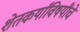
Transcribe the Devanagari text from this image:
शेतकर्यांविषयीचे